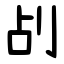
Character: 㓠